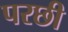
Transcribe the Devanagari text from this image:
परछी